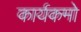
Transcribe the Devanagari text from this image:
कार्यकमो